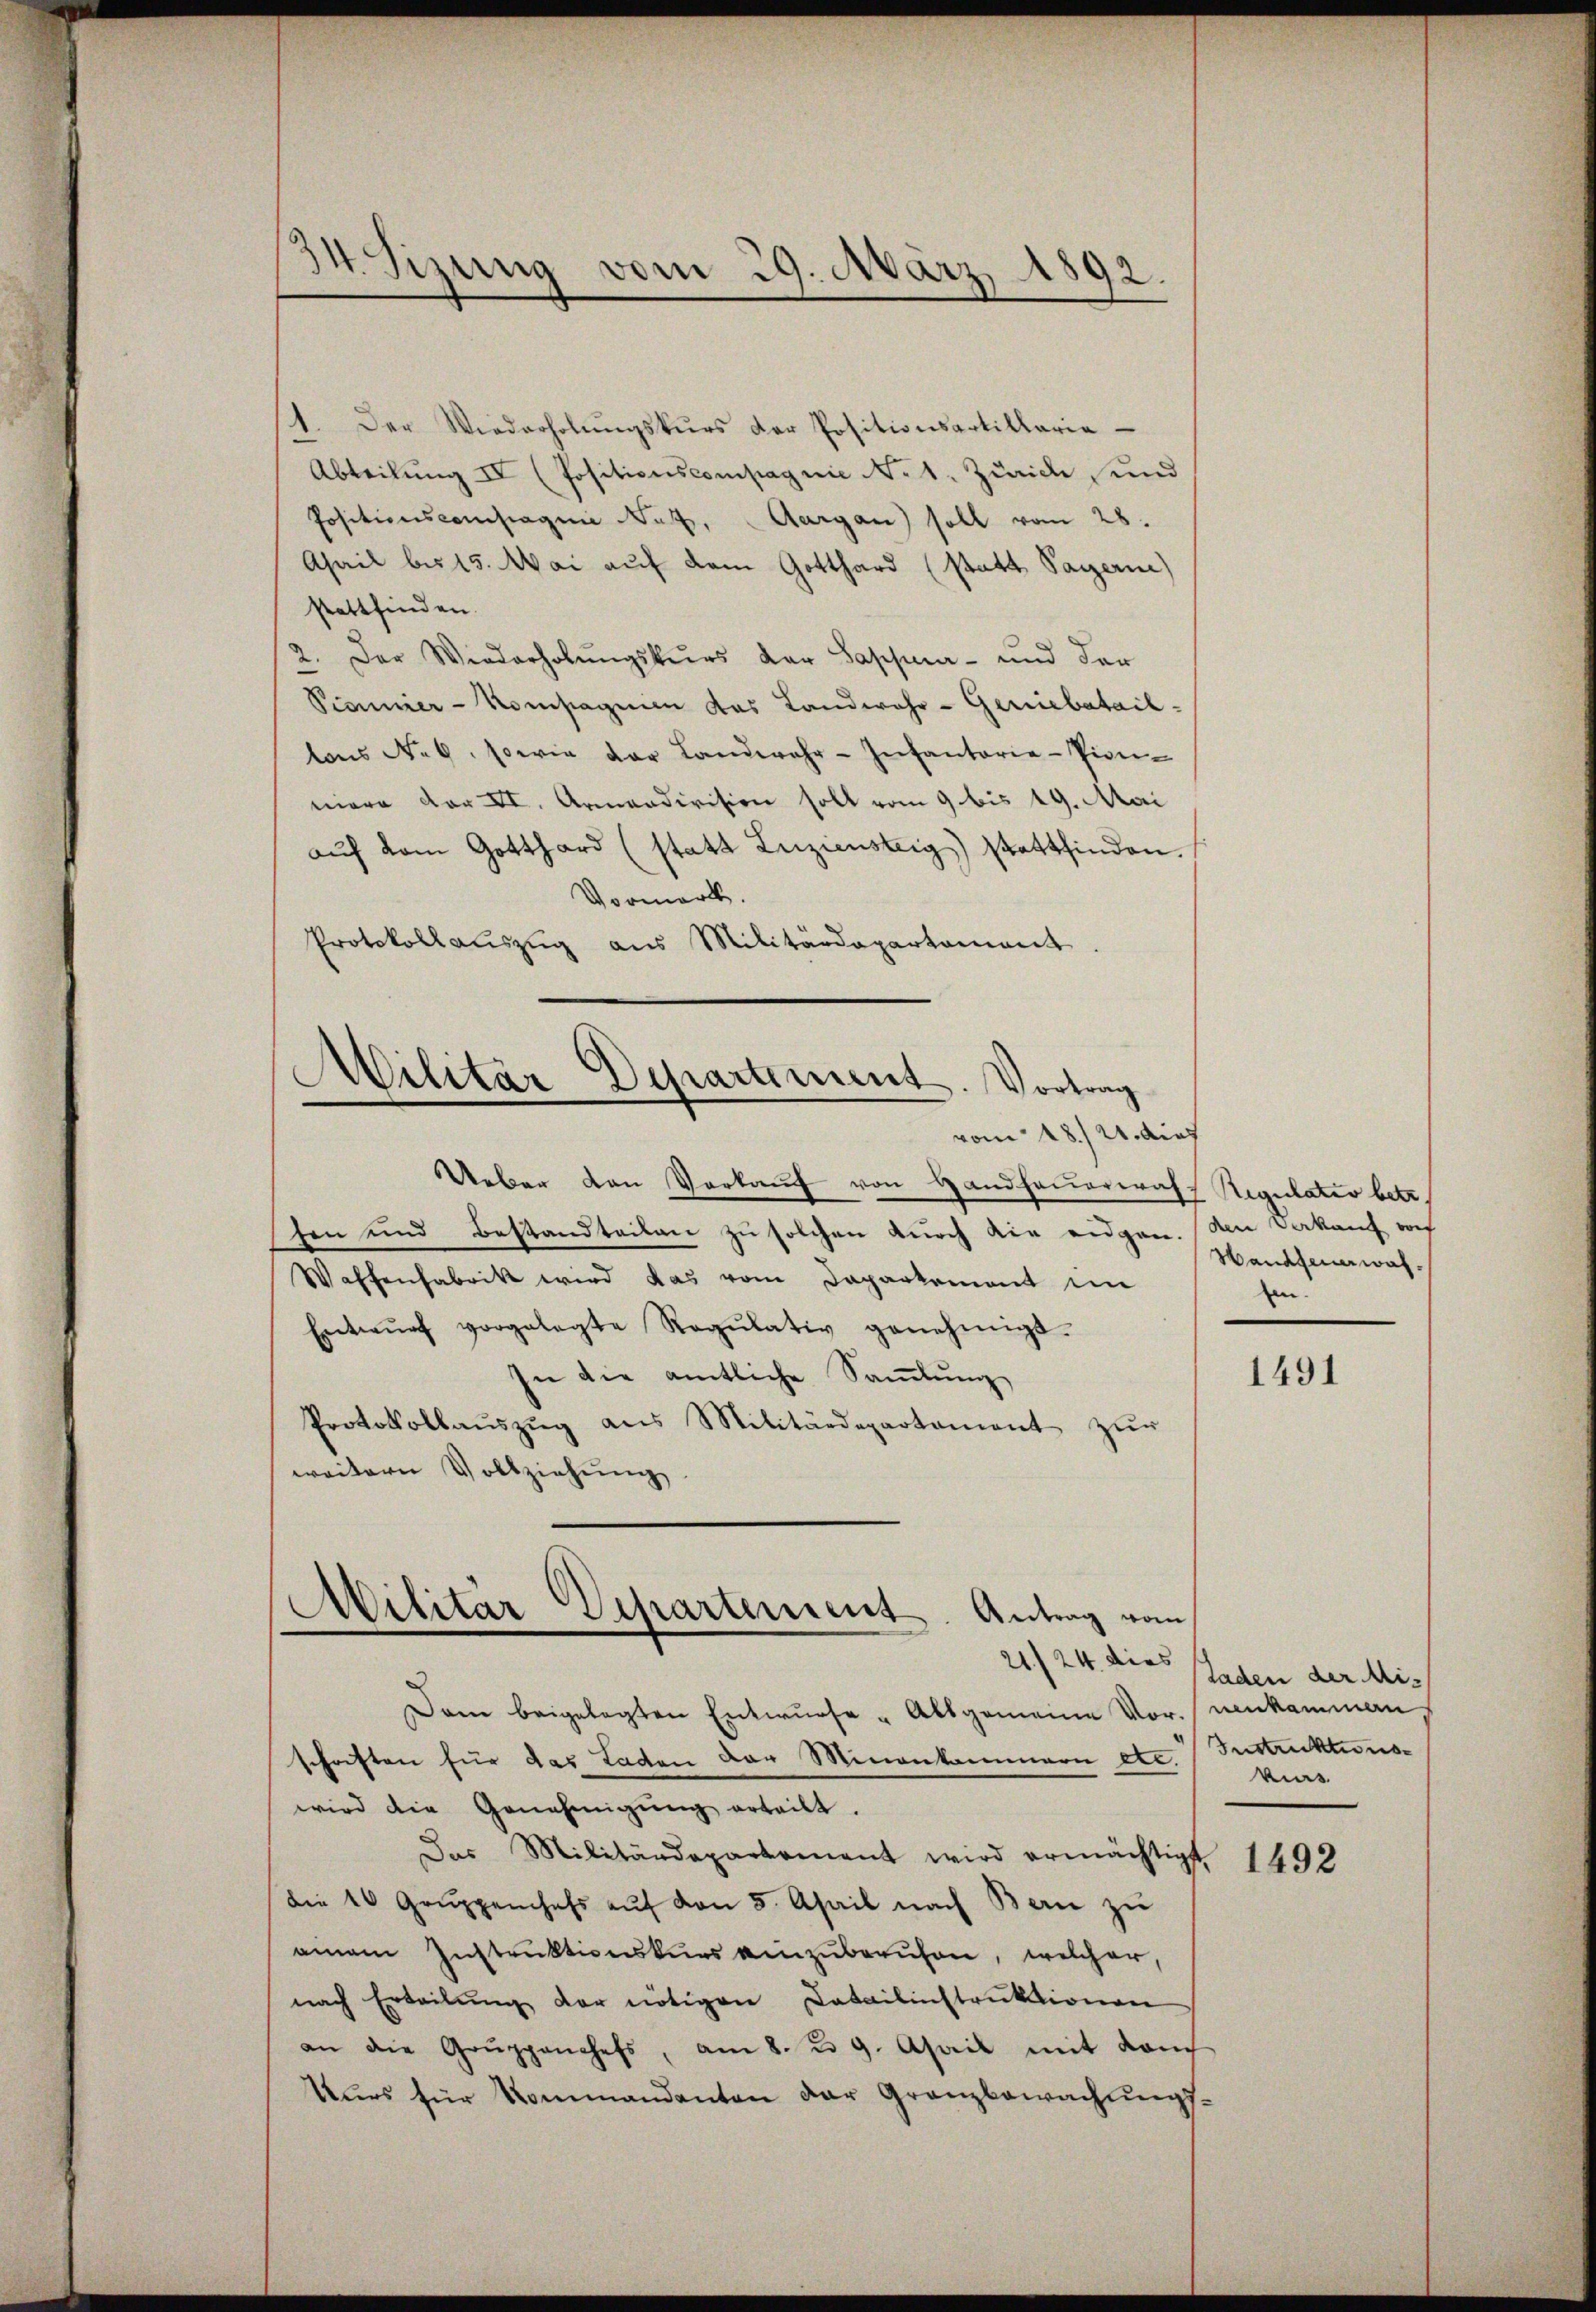
1. Der Wiederholŭngskŭrs der Positionsartillaria
Abteilung IV (Positionscompagnie No 1. Zürich und
Positionscompagnie Nutz, Aargau soll vom 28.
Ahail bis 15. Mai auf dem Gotthard (statt Payern)
stattfinden.
2. Der Wiederholŭngskurs der Sappar- und der
Pionier-Kompagnien das Landwehr-Gerinebataillons No 6. sowie der Landwehr-Infantarie-Pion-
miere der XI. Armandivision soll vom 9 bis 19. Mai
aŭf vom Gotthard (statt Zuziensteig) stattfinden.
Vormerk.
Protokollaŭszŭg ans Militärdepartament.

34. Sizung vom 29. März 1892.

Militär Departement. Vortrag
vom 18.) U. dies

Ueber von Verkaŭf von Handhauerrath Regulater betr.
hen und Bestandteilen zu solchen durch die eidgen. Am Vorkauf von
Waffenfabrik wird das vom Departement im
Entwŭrf vorgelegte Regŭlativ genehmigt.
In die amtliche Samlung
Protokollaŭszŭg aŭs Militärdepartament zŭr
weitern Vollziehŭng

Militär Departement. Antrag vom

Dam beigelegten Entwurfe "Allgemeine Vor- (nenkammern
schriften für das Laden der Minenkammern etc. Instruktionswird die Genehmigŭng erteilt.
Das Militärdepartermant wird ermächtigt 1492
die 10 Grŭppenchefs aŭf von 5. April nach Bern zu
einem Instruktionskurs einzuberuhen, welcher,
nach Erteilŭng der nötigen Catalinstruktionen
an die Gruppanchefs, am 8. d. 9. April mit danch
Kurs für Kommandanton der Granzbewachungs¬

Handfeuerwahin.

21/24 dies Baden der Mis

1491

kurs